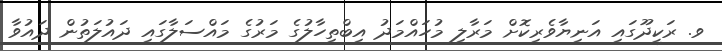
ވ. ރަކީދޫގައި އަނިޔާވެރިކޮށް މަރާލި މުހައްމަދު އިބްތިހާލުގެ މަރުގެ މައްސަލާގައި ދައުލަތުން ދައުވާ